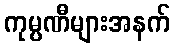
ကုမ္ပဏီများအနက်